Report of the Municipal Commissioner on the plague in Bombay for the year ending 31st May... - Volume 1
Disease focus: Plague
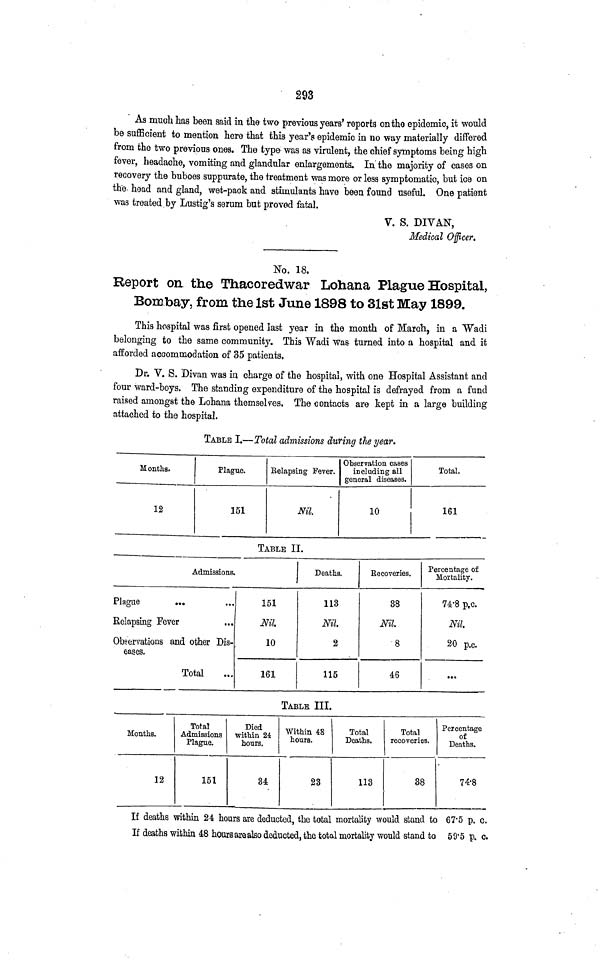
293
As much has been said in the two previous years' reports on the epidemic, it would
be sufficient to mention here that this year's epidemic in no way materially differed
from the two previous ones. The type was as virulent, the chief symptoms being high
fever, headache, vomiting and glandular enlargements. In. the majority of cases on
recovery the buboes suppurate, the treatment was more or less symptomatic, but ice on
the head and gland, wet-pack and stimulants have been found useful. One patient
was treated by Lustig's serum but proved fatal.
V. S. DIYAN,
Medical Officer.
No. 18.
Report on the Thacoredwar Lohana Plague Hospital,
Bombay, from the 1st June 1898 to 31st May 1899.
This hospital was first opened last year in the month of March, in a "Wadi
belonging to the same community. This Wadi was turned into a hospital and it
afforded accommodation of 35 patients.
Dr. V. S. Divan was in charge of the hospital, with one Hospital Assistant and
four ward-boys. The standing expenditure of the hospital is defrayed from a fund
raised amongst the Lohana themselves. The contacts are kept in a large building
attached to the hospital.
TABLE I.—Total admissions during the year.
Months.
12
Plague.
151
Relapsing Fever.
Nll
Observation cases
including all
general diseases.
10
Total.
161
TABLE II.
Admissions.
Plague
Relapsing Fever
Observations and other Dis-
eases.
Total
151
Nil.
10
161
Deaths.
113
Nil.
2
115
Becoveries.
38
Nil
8
46
Percentage of
Mortality.
74.8 p.c.
Nil
20 p.c.
TABLE III.
Months.
12
Total
Admissions
Plague.
151
Died
Within 24
hours.
34
Within 48
hours.
23
Total
Deaths.
113
Total
recoveries.
38
Percentage
of
Deaths.
74.8
If deaths within 24 hoars are deducted, the total mortality would stand to 67.5 p. c.
If deaths within 48 hours are also deducted, the total mortality would stand to 59. 5 p. c.